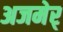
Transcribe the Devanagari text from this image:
अजमेर्